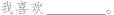
我喜欢 ___。